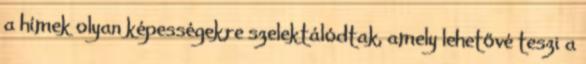
a hímek olyan képességekre szelektálódtak, amely lehetővé teszi a